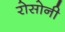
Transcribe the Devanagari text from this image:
रोसोनी